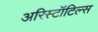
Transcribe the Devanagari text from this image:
अरिस्टॉटिल्स